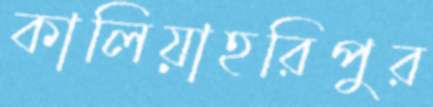
কালিয়াহরিপুর